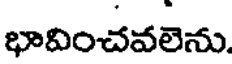
భావించవలెను.